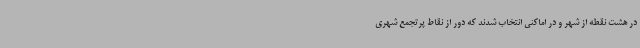
در هشت نقطه از شهر و در اماکنی انتخاب شدند که دور از نقاط پرتجمع شهری